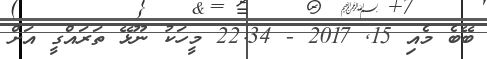
ބޭބެ މެއި 15